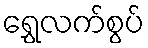
ရွှေလက်စွပ်